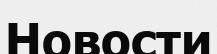
Новости